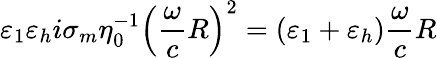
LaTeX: \varepsilon_{1}\varepsilon_{h}i\sigma_{m}\eta_{0}^{-1}\left(\frac{\omega}{c}R\right)^{2}=(\varepsilon_{1}+\varepsilon_{h})\frac{\omega}{c}R